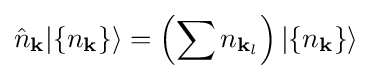
{\hat {n}}_{\mathbf {k} }|\{n_{\mathbf {k} }\}\rangle =\left(\sum n_{\mathbf {k} _{l}}\right)|\{n_{\mathbf {k} }\}\rangle